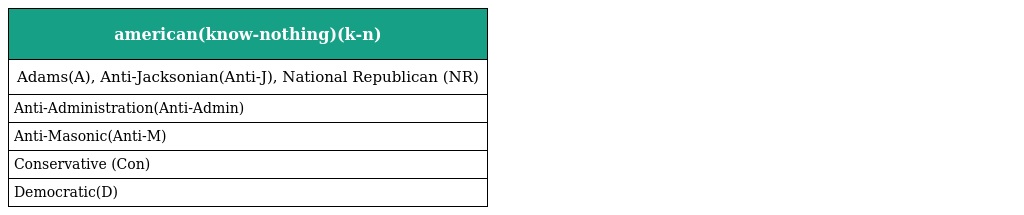
| american(know-nothing)(k-n) |
 | --- |
 | Adams(A), Anti-Jacksonian(Anti-J), National Republican (NR) |
 | Anti-Administration(Anti-Admin) |
 | Anti-Masonic(Anti-M) |
 | Conservative (Con) |
 | Democratic(D) |